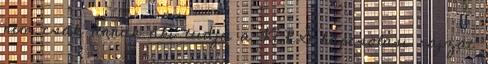
nem csak annak aki tudja a KERS kapcsolasi rajzat